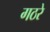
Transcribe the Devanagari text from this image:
गठरे